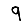
Digit: 9